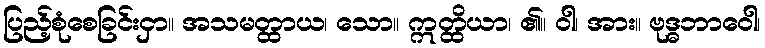
ပြည့်စုံစေခြင်းငှာ။ အသမတ္ထာယ၊ သော။ ဣတ္ထိယာ၊ ၏။ ဝါ၊ အား။ ဗုဒ္ဓဘာဝေါ၊